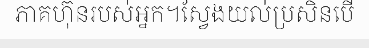
ភាគហ៊ុនរបស់អ្នក។ស្វែងយល់ប្រសិនបើ